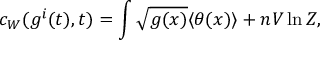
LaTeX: c _ { W } ( g ^ { i } ( t ) , t ) = \int \sqrt { g ( x ) } \langle \theta ( x ) \rangle + n V \ln Z ,